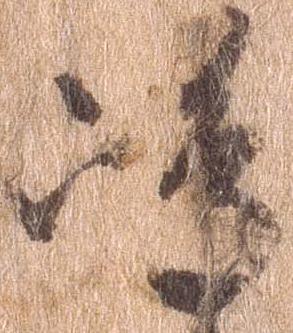
島